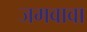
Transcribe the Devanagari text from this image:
जमवावा